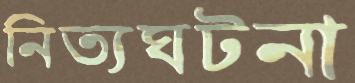
নিত্যঘটনা